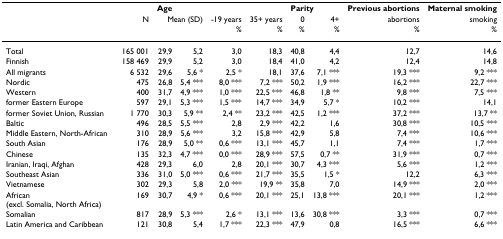
<table><thead><tr><td></td><td></td><td><b>Age</b></td><td></td><td></td><td></td><td colspan="2"><b>Parity</b></td><td><b>Previous abortions</b></td><td><b>Maternal smoking</b></td></tr><tr><td></td><td><b>N</b></td><td colspan="2"><b>Mean (SD)</b></td><td><b>-19 years</b></td><td><b>35+ years</b></td><td><b>0</b></td><td><b>4+</b></td><td><b>abortions</b></td><td><b>smoking</b></td></tr><tr><td></td><td></td><td></td><td></td><td><b>%</b></td><td><b>%</b></td><td><b>%</b></td><td><b>%</b></td><td><b>%</b></td><td><b>%</b></td></tr></thead><tbody><tr><td>Total</td><td>165 001</td><td>29,9</td><td>5,2</td><td>3,0</td><td>18,3</td><td>40,8</td><td>4,4</td><td>12,7</td><td>14,6</td></tr><tr><td>Finnish</td><td>158 469</td><td>29,9</td><td>5,2</td><td>3,0</td><td>18,4</td><td>41,0</td><td>4,2</td><td>12,4</td><td>14,8</td></tr><tr><td>All migrants</td><td>6 532</td><td>29,6</td><td>5,6 *</td><td>2,5 *</td><td>18,1</td><td>37,6</td><td>7,1 ***</td><td>19,3 ***</td><td>9,2 ***</td></tr><tr><td>Nordic</td><td>475</td><td>26,8</td><td>5,4 ***</td><td>8,0 ***</td><td>7,2 ***</td><td>50,2</td><td>1,9 ***</td><td>16,2 ***</td><td>22,7 ***</td></tr><tr><td>Western</td><td>400</td><td>31,7</td><td>4,9 ***</td><td>1,0 ***</td><td>22,5 ***</td><td>46,8</td><td>1,8 **</td><td>9,8 ***</td><td>7,5 ***</td></tr><tr><td>former Eastern Europe</td><td>597</td><td>29,1</td><td>5,3 ***</td><td>1,5 ***</td><td>14,7 ***</td><td>34,9</td><td>5,7 *</td><td>10,2 ***</td><td>14,1</td></tr><tr><td>former Soviet Union, Russian</td><td>1 770</td><td>30,3</td><td>5,9 **</td><td>2,4 **</td><td>23,2 ***</td><td>42,5</td><td>1,2 ***</td><td>37,2 ***</td><td>13,7 **</td></tr><tr><td>Baltic</td><td>496</td><td>28,5</td><td>5,5 ***</td><td>2,8</td><td>2,9 ***</td><td>42,2</td><td>1,6</td><td>30,8 ***</td><td>10,5 ***</td></tr><tr><td>Middle Eastern, North-African</td><td>310</td><td>28,9</td><td>5,6 ***</td><td>3,2</td><td>15,8 ***</td><td>42,9</td><td>5,8</td><td>7,4 ***</td><td>10,6 ***</td></tr><tr><td>South Asian</td><td>176</td><td>28,9</td><td>5,0 **</td><td>0,6 ***</td><td>13,1 ***</td><td>45,7</td><td>1,1</td><td>7,4 ***</td><td>1,7 ***</td></tr><tr><td>Chinese</td><td>135</td><td>32,3</td><td>4,7 ***</td><td>0,0 ***</td><td>28,9 ***</td><td>57,5</td><td>0,7 **</td><td>31,9 ***</td><td>0,7 ***</td></tr><tr><td>Iranian, Iraqi, Afghan</td><td>428</td><td>29,3</td><td>6,0</td><td>2,8</td><td>20,1 ***</td><td>30,7</td><td>4,3 ***</td><td>5,6 ***</td><td>1,2 ***</td></tr><tr><td>Southeast Asian</td><td>336</td><td>31,0</td><td>5,0 ***</td><td>0,6 ***</td><td>21,7 ***</td><td>35,5</td><td>1,5 *</td><td>12,2</td><td>6,3 ***</td></tr><tr><td>Vietnamese</td><td>302</td><td>29,3</td><td>5,8</td><td>2,0 ***</td><td>19,9 **</td><td>35,8</td><td>7,0</td><td>14,9 ***</td><td>2,0 ***</td></tr><tr><td>African (excl. Somalia, North Africa)</td><td>169</td><td>30,7</td><td>4,9 *</td><td>0,6 ***</td><td>20,1 ***</td><td>25,1</td><td>13,8 ***</td><td>20,1 ***</td><td>1,2 ***</td></tr><tr><td>Somalian</td><td>817</td><td>28,9</td><td>5,3 ***</td><td>2,6 *</td><td>13,1 ***</td><td>13,6</td><td>30,8 ***</td><td>3,3 ***</td><td>0,7 ***</td></tr><tr><td>Latin America and Caribbean</td><td>121</td><td>30,8</td><td>5,4</td><td>1,7 ***</td><td>22,3 ***</td><td>47,9</td><td>0,8</td><td>16,5 ***</td><td>6,6 ***</td></tr></tbody></table>